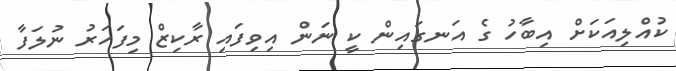
ކުއްލިއަކަށް އިބާހު ގެ އަނގައިން ކީ ނަން އިވިފައި ރާކިޒް މިފަހަރު ނުލަފާ